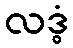
လဒ္ဓံ